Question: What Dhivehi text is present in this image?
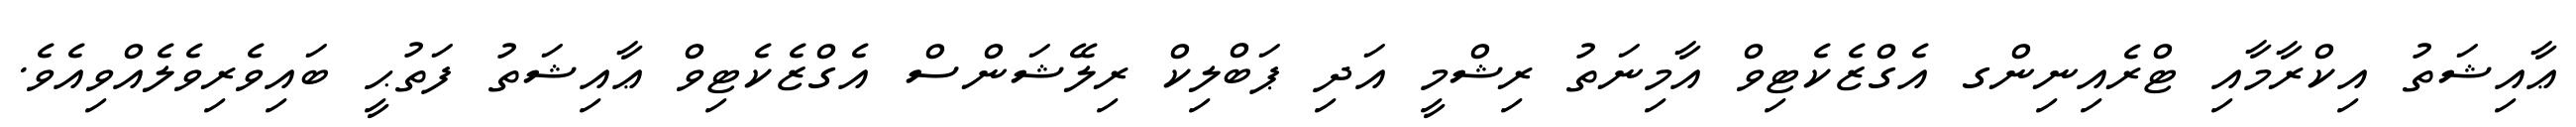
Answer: ޢާއިޝަތު އިކްރާމާއި ޓްރެއިނިންގ އެގްޒެކެޓިވް އާމިނަތު ރިޝްމީ އަދި ޕަބްލިކް ރިލޭޝަންސް އެގްޒެކެޓިވް ޢާއިޝަތު ފަތުޙީ ބައިވެރިވެލެއްވިއެވެ.